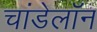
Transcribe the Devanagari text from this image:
चांडेलॉन